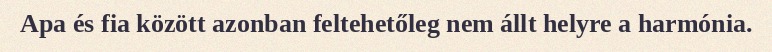
Apa és fia között azonban feltehetőleg nem állt helyre a harmónia.